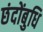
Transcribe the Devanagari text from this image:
छंदोंबुधि